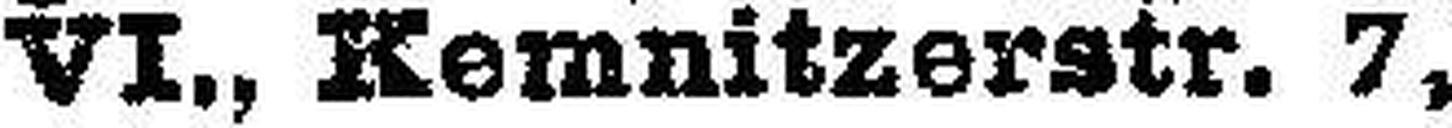
VI., Kemnitzerstr. 7,